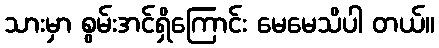
သားမှာ စွမ်းအင်ရှိကြောင်း မေမေသိပါ တယ်။